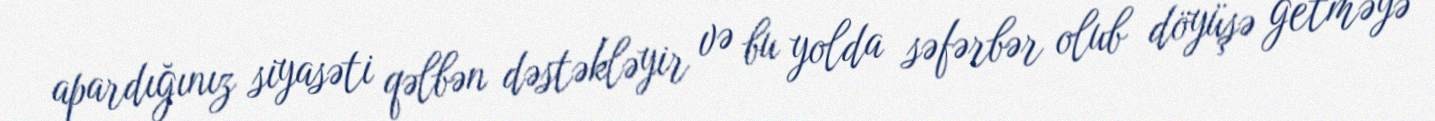
apardığınız siyasəti qəlbən dəstəkləyir və bu yolda səfərbər olub döyüşə getməyə